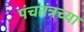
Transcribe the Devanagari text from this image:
पंचतंत्रच्या